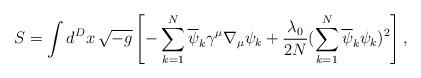
LaTeX: \begin{align*}S=\int d^{D}x \,\sqrt{-g} \left[-\sum^{N}_{k=1} \overline{\psi}_{k}\gamma^{\mu}\nabla_{\mu}\psi_{k} + \frac{\lambda_{0}}{2N} (\sum^{N}_{k=1} \overline{\psi}_{k} \psi_{k})^{2}\right] , \end{align*}